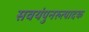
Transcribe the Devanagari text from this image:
सवयंपुनरुत्पादक